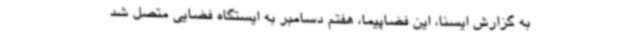
به گزارش ایسنا، این فضاپیما، هفتم دسامبر به ایستگاه فضایی متصل شد